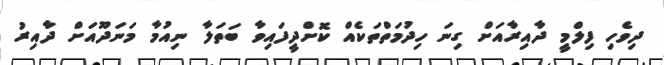
ދިވެހި ފިލްމީ ދާއިރާއަށް ގިނަ ހިދުމަތްތަކެއް ކޮށްދީފައިވާ ބަތަލާ ނިއުމާ މަނަދޫއަށް ދާއިރު